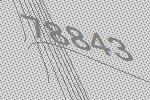
78843